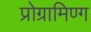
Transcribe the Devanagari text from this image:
प्रोग्रामिण्ग